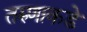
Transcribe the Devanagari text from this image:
तरुणाकडे